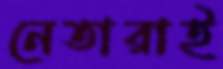
নেতারাই